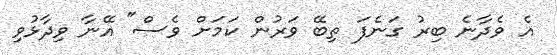
އެ ވެދާނެ ބިރު ގަނެފަ ތިބޭ ވަރުން ކަމަށް ވެސް" އޭނާ ވިދާޅުވި